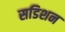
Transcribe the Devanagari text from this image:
सडिशन